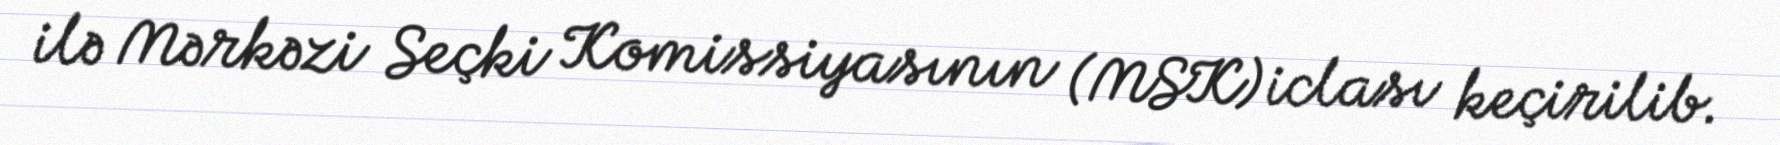
ilə Mərkəzi Seçki Komissiyasının (MSK) iclası keçirilib.